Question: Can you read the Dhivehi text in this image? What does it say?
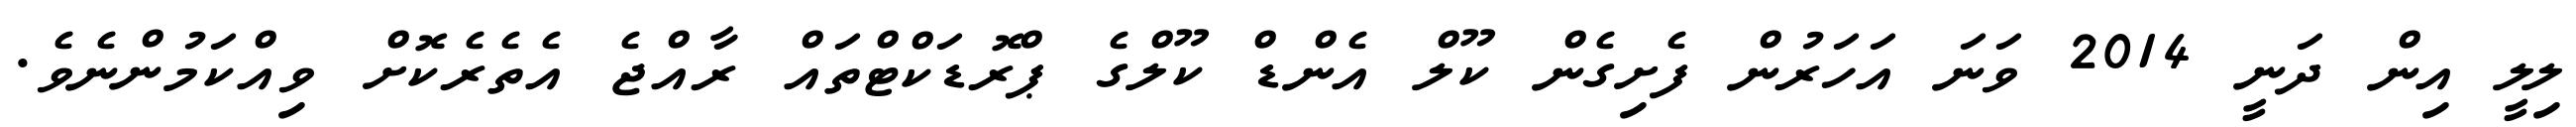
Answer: ލިލީ އިން ދަނީ 2014 ވަނަ އަހަރުން ފެށިގެން ކޫލް އެންޑް ކޫލްގެ ޕްރޮޑަކްޓްތައް ރާއްޖެ އެތެރެކޮށް ވިއްކަމުންނެވެ.